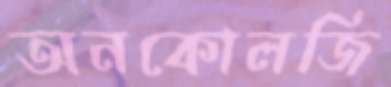
অনকোলজি